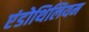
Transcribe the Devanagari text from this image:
एंडोथिलियम